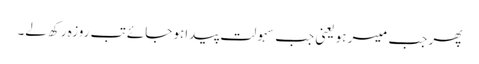
پھر جب میسر ہو یعنی جب سہولت پیداہو جائے تب روزہ رکھ لے۔